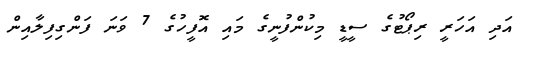
އަދި އަހަރީ ރިޕޯޓުގެ ސީޑީ މިކުންފުނީގެ މައި އޮފީހުގެ 7 ވަނަ ފަންގިފިލާއިން